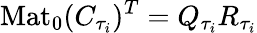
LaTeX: \mathrm{Mat}_{0}(C_{\tau_{i}})^{T}=Q_{\tau_{i}}R_{\tau_{i}}